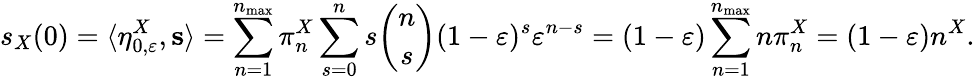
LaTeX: s_{X}(0)=\langle\eta_{0,\varepsilon}^{X},\mathbf{s}\rangle=\sum_{n=1}^{n_{\operatorname*{max}}}\pi_{n}^{X}\sum_{s=0}^{n}s\binom{n}{s}(1-\varepsilon)^{s}\varepsilon^{n-s}=(1-\varepsilon)\sum_{n=1}^{n_{\operatorname*{max}}}n\pi_{n}^{X}=(1-\varepsilon)n^{X}.